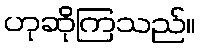
ဟုဆိုကြသည်။